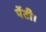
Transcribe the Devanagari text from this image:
पेंटी।